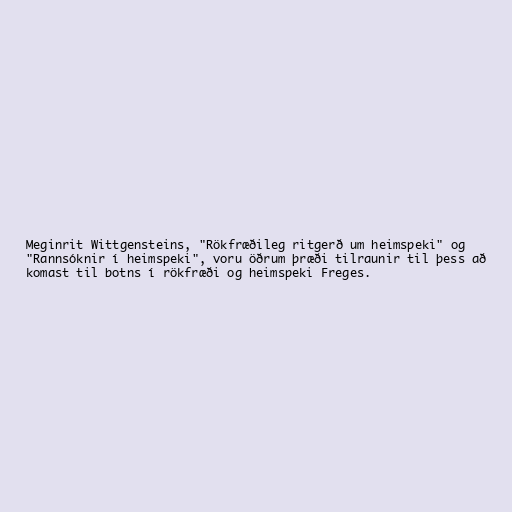
Meginrit Wittgensteins, "Rökfræðileg ritgerð um heimspeki" og
"Rannsóknir í heimspeki", voru öðrum þræði tilraunir til þess að
komast til botns í rökfræði og heimspeki Freges.